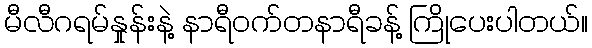
မီလီဂရမ်နှုန်းနဲ့ နာရီဝက်တနာရီခန့် ကြိုပေးပါတယ်။